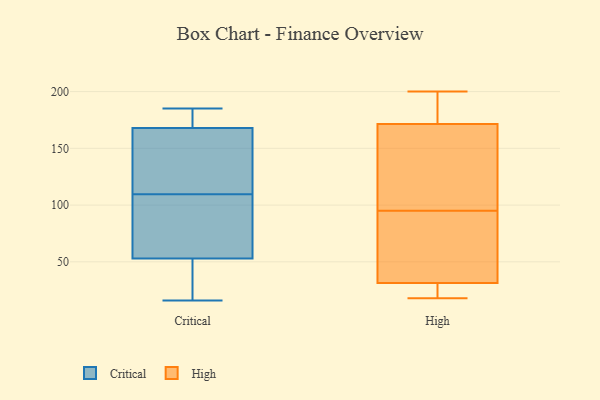
{"axis": {"x": "Backlog", "y": "Value"}, "legend": ["Critical", "High"], "data": [{"x": "", "y": 105, "type": "Critical"}, {"x": "", "y": 114, "type": "Critical"}, {"x": "", "y": 86, "type": "Critical"}, {"x": "", "y": 184, "type": "Critical"}, {"x": "", "y": 158, "type": "Critical"}, {"x": "", "y": 16, "type": "Critical"}, {"x": "", "y": 53, "type": "Critical"}, {"x": "", "y": 94, "type": "Critical"}, {"x": "", "y": 149, "type": "Critical"}, {"x": "", "y": 185, "type": "Critical"}, {"x": "", "y": 168, "type": "Critical"}, {"x": "", "y": 43, "type": "Critical"}, {"x": "", "y": 172, "type": "Critical"}, {"x": "", "y": 47, "type": "Critical"}, {"x": "", "y": 32, "type": "High"}, {"x": "", "y": 95, "type": "High"}, {"x": "", "y": 18, "type": "High"}, {"x": "", "y": 30, "type": "High"}, {"x": "", "y": 200, "type": "High"}, {"x": "", "y": 146, "type": "High"}, {"x": "", "y": 79, "type": "High"}, {"x": "", "y": 31, "type": "High"}, {"x": "", "y": 180, "type": "High"}, {"x": "", "y": 194, "type": "High"}, {"x": "", "y": 107, "type": "High"}]}